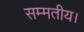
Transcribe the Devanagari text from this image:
सम्मतीय।